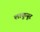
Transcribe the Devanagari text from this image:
लाकुयूर